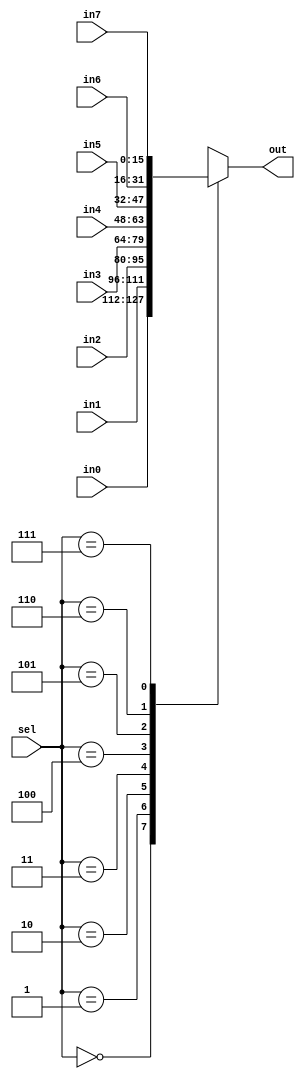
module mux_3x8(
  input [2:0] sel,
  input [15:0] in0,
  input [15:0] in1,
  input [15:0] in2,
  input [15:0] in3,
  input [15:0] in4,
  input [15:0] in5,
  input [15:0] in6,
  input [15:0] in7,
  output [15:0] out);
  
  reg [15:0] reg_out;
  always @(*) begin
    case(sel)
        4'b000: 
          reg_out = in0;
        4'b001: 
          reg_out = in1;
        4'b010:
          reg_out = in2;
        4'b011:
          reg_out = in3;
        4'b100:
          reg_out = in4;
        4'b101: 
          reg_out = in5;
        4'b110: 
          reg_out = in6;
        4'b111: 
          reg_out = in7;
        default: //never happens
          reg_out = 16'dx;
      endcase
  end      
  assign out = reg_out;
endmodule